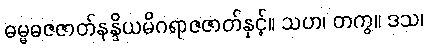
ဓမ္မဓဇဇာတ်နန္ဒိယမိဂရာဇဇာတ်နှင့်။ သဟ၊ တကွ။ ဒသ၊